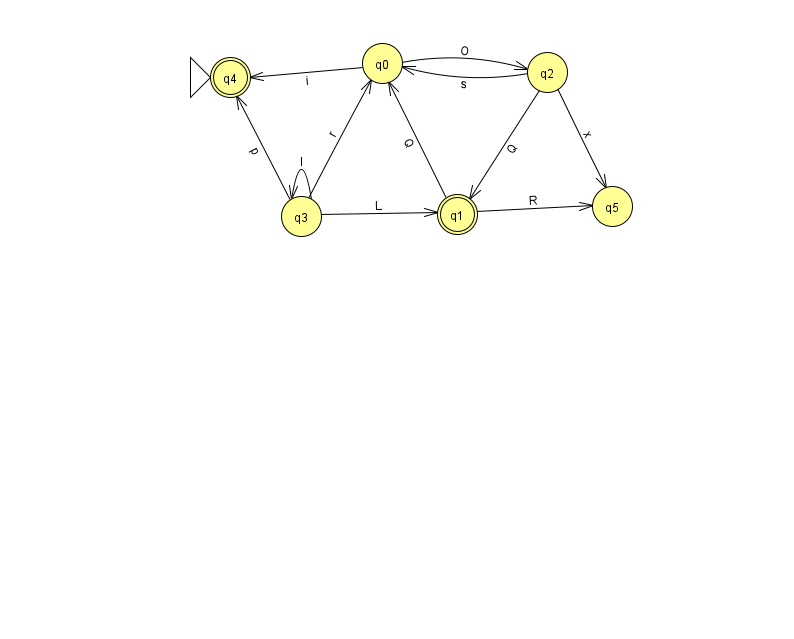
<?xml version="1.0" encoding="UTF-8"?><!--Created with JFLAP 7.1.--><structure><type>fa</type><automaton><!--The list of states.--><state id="0" name="q0"><x>382.0</x><y>50.0</y></state><state id="1" name="q1"><x>457.0</x><y>201.0</y><final/></state><state id="2" name="q2"><x>547.0</x><y>59.0</y></state><state id="3" name="q3"><x>301.0</x><y>203.0</y></state><state id="4" name="q4"><x>230.0</x><y>64.0</y><initial/><final/></state><state id="5" name="q5"><x>612.0</x><y>193.0</y></state><!--The list of transitions.--><transition><from>2</from><to>0</to><read>s</read></transition><transition><from>3</from><to>0</to><read>r</read></transition><transition><from>3</from><to>4</to><read>p</read></transition><transition><from>2</from><to>1</to><read>Q</read></transition><transition><from>2</from><to>5</to><read>x</read></transition><transition><from>1</from><to>0</to><read>Q</read></transition><transition><from>3</from><to>3</to><read>I</read></transition><transition><from>0</from><to>4</to><read>i</read></transition><transition><from>1</from><to>5</to><read>R</read></transition><transition><from>3</from><to>1</to><read>L</read></transition><transition><from>0</from><to>2</to><read>O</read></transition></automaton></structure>